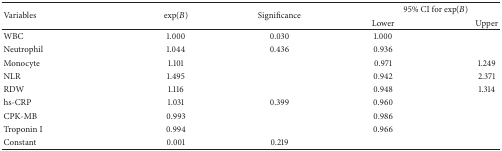
<table><thead><tr><td rowspan="2"><b>Variables</b></td><td rowspan="2"><b>exp⁡(<i>B</i>)</b></td><td rowspan="2"><b>Significance</b></td><td colspan="2"><b> 95% CI for exp⁡(<i>B</i>)</b></td></tr><tr><td><b>Lower</b></td><td><b>Upper</b></td></tr></thead><tbody><tr><td>WBC</td><td>1.000</td><td>0.030</td><td>1.000</td><td>[EMPTY_CELL]</td></tr><tr><td>Neutrophil</td><td>1.044</td><td>0.436</td><td>0.936</td><td>[EMPTY_CELL]</td></tr><tr><td>Monocyte</td><td>1.101</td><td>[EMPTY_CELL]</td><td>0.971</td><td>1.249</td></tr><tr><td>NLR</td><td>1.495</td><td>[EMPTY_CELL]</td><td>0.942</td><td>2.371</td></tr><tr><td>RDW</td><td>1.116</td><td>[EMPTY_CELL]</td><td>0.948</td><td>1.314</td></tr><tr><td>hs-CRP</td><td>1.031</td><td>0.399</td><td>0.960</td><td>[EMPTY_CELL]</td></tr><tr><td>CPK-MB</td><td>0.993</td><td>[EMPTY_CELL]</td><td>0.986</td><td>[EMPTY_CELL]</td></tr><tr><td>Troponin I</td><td>0.994</td><td>[EMPTY_CELL]</td><td>0.966</td><td>[EMPTY_CELL]</td></tr><tr><td>Constant</td><td>0.001</td><td>0.219</td><td>[EMPTY_CELL]</td><td>[EMPTY_CELL]</td></tr></tbody></table>